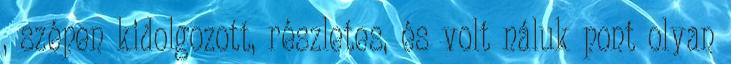
, szépen kidolgozott, részletes, és volt náluk pont olyan